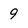
Character: 9